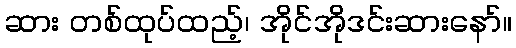
ဆား တစ်ထုပ်ထည့်၊ အိုင်အိုဒင်းဆားနော်။